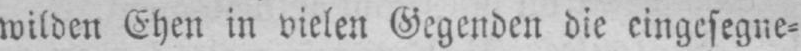
wilden Ehen in vielen Gegenden die eingesegne⸗